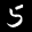
Label: 5